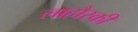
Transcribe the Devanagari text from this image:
लाहौरकी